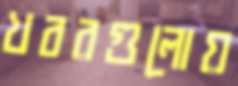
খবরগুলোয়